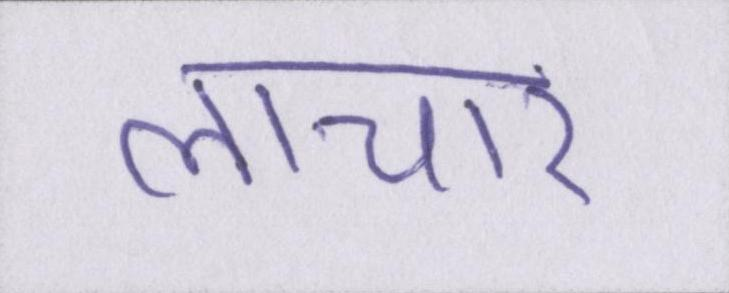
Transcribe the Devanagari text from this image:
लाचार